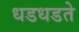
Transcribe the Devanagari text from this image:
धडधडते